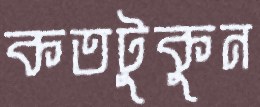
কতটুকুন